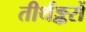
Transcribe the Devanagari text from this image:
तीर्थङ्करों